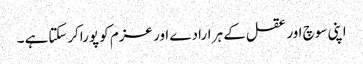
اپنی سوچ اور عقل کے ہر ارادے اور عزم کو پوراکرسکتاہے ۔